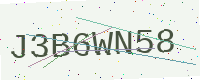
Text: J3B6WN58